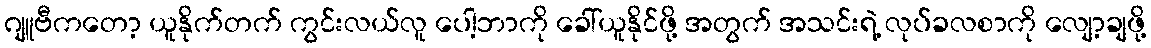
ဂျူဗီကတော့ ယူနိုက်တက် ကွင်းလယ်လူ ပေါ့ဘာကို ခေါ်ယူနိုင်ဖို့ အတွက် အသင်းရဲ့ လုပ်ခလစာကို လျော့ချဖို့